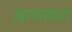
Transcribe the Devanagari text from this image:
खरपतवार।